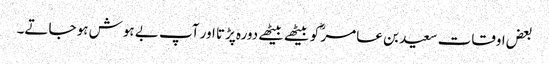
بعض اوقات سعید بن عامر ؓ کو بیٹھے بیٹھے دورہ پڑتا اور آپ بے ہوش ہو جاتے۔